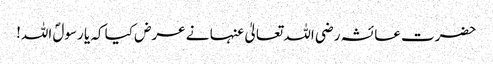
حضرت عائشہ رضی اللہ تعالیٰ عنہا نے عرض کیا کہ یا رسولؐ اللہ!